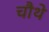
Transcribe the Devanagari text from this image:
चाैथे